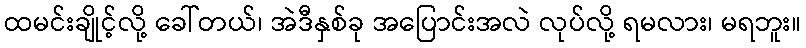
ထမင်းချိုင့်လို့ ခေါ်တယ်၊ အဲဒီနှစ်ခု အပြောင်းအလဲ လုပ်လို့ ရမလား၊ မရဘူး။